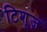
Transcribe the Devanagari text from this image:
टिशूज़